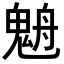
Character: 𩳉